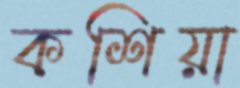
কশিয়া